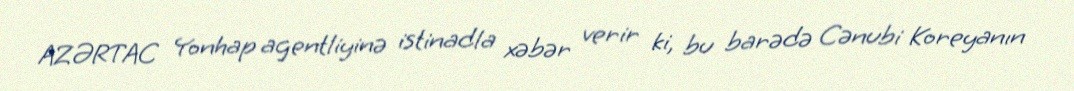
AZƏRTAC Yonhap agentliyinə istinadla xəbər verir ki, bu barədə Cənubi Koreyanın